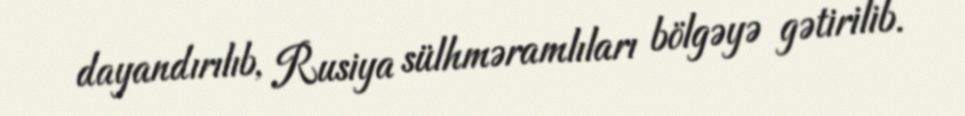
dayandırılıb, Rusiya sülhməramlıları bölgəyə gətirilib.